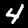
Label: 4